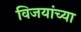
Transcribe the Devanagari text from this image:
विजयांच्या